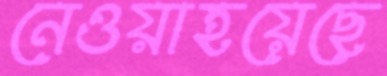
নেওয়াহয়েছে